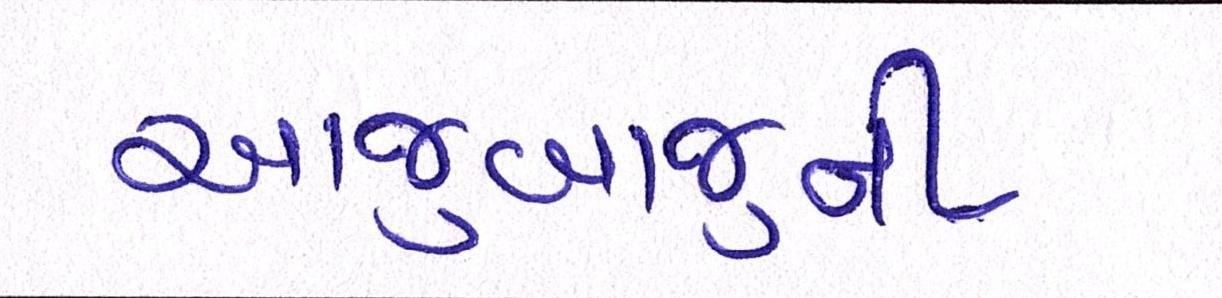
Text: આજુબાજુની